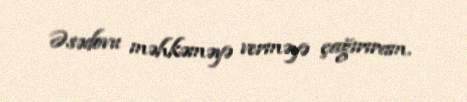
Əsədovu məhkəməyə verməyə çağırıram.